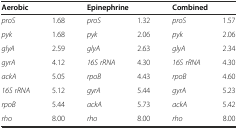
| <COLSPAN=2> Aerobic | <COLSPAN=2> Epinephrine | <COLSPAN=2> Combined |
 | --- | --- | --- | --- | --- | --- |
 | proS | 1.68 | proS | 1.32 | proS | 1.57 |
 | pyk | 1.68 | pyk | 2.06 | pyk | 2.06 |
 | glyA | 2.59 | glyA | 2.63 | glyA | 2.34 |
 | gyrA | 4.12 | 16S rRNA | 4.30 | 16S rRNA | 4.30 |
 | ackA | 5.05 | rpoB | 4.43 | rpoB | 4.60 |
 | 16S rRNA | 5.12 | gyrA | 5.44 | gyrA | 5.23 |
 | rpoB | 5.44 | ackA | 5.73 | ackA | 5.42 |
 | rho | 8.00 | rho | 8.00 | rho | 8.00 |